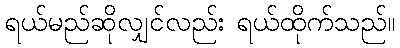
ရယ်မည်ဆိုလျှင်လည်း ရယ်ထိုက်သည်။